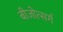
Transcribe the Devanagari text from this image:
बीजोत्सर्ग